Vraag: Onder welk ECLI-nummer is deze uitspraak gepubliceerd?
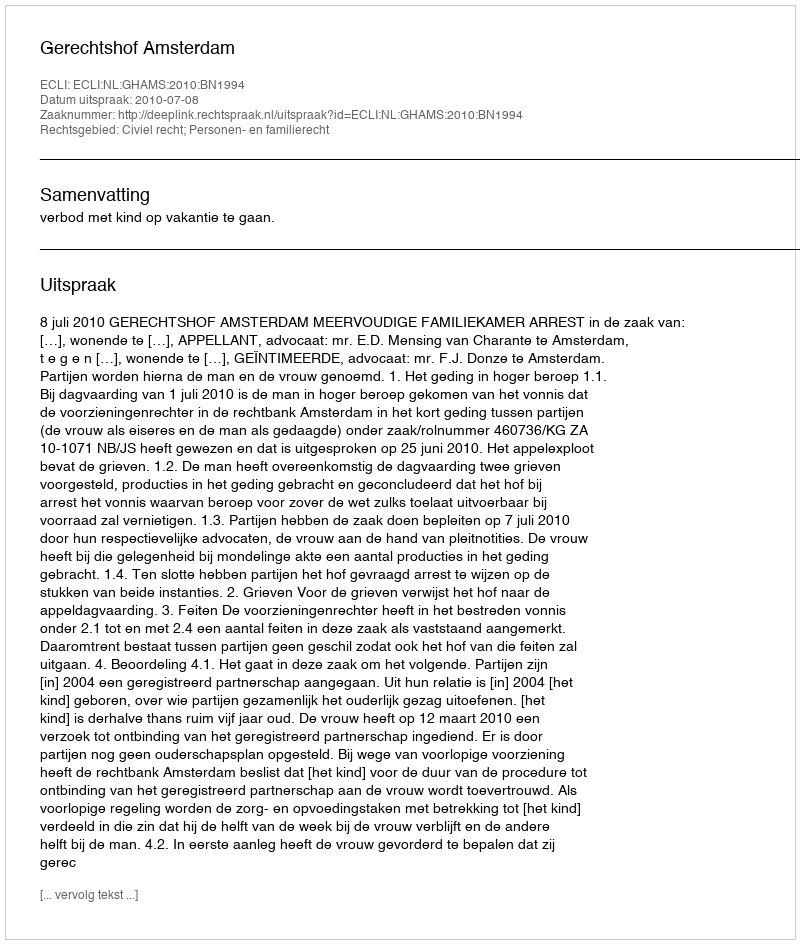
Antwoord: ECLI:NL:GHAMS:2010:BN1994